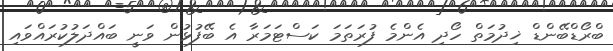
ބްރޯޑްބޭންޑް ޚިދުމަތް ހޯދި އެންމެ ފުރަތަމަ ކަސްޓަމަރާ އެ ބޭފުޅުން ވަނީ ބައްދަލުކުރައްވައި